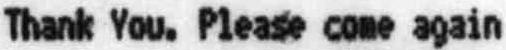
THANK YOU. PLEASE COME AGAIN